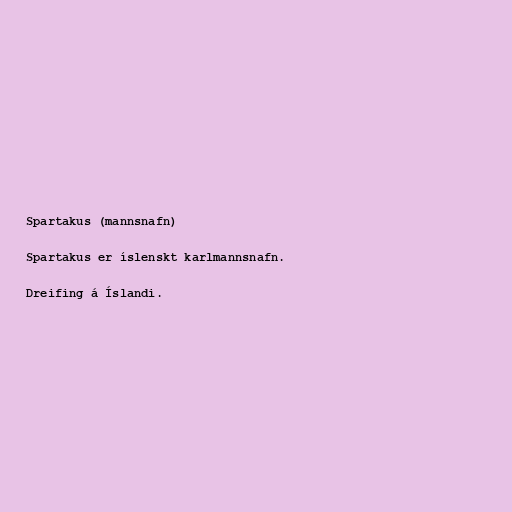
Spartakus (mannsnafn)

Spartakus er íslenskt karlmannsnafn.

Dreifing á Íslandi.